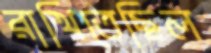
রাখিতেছিল